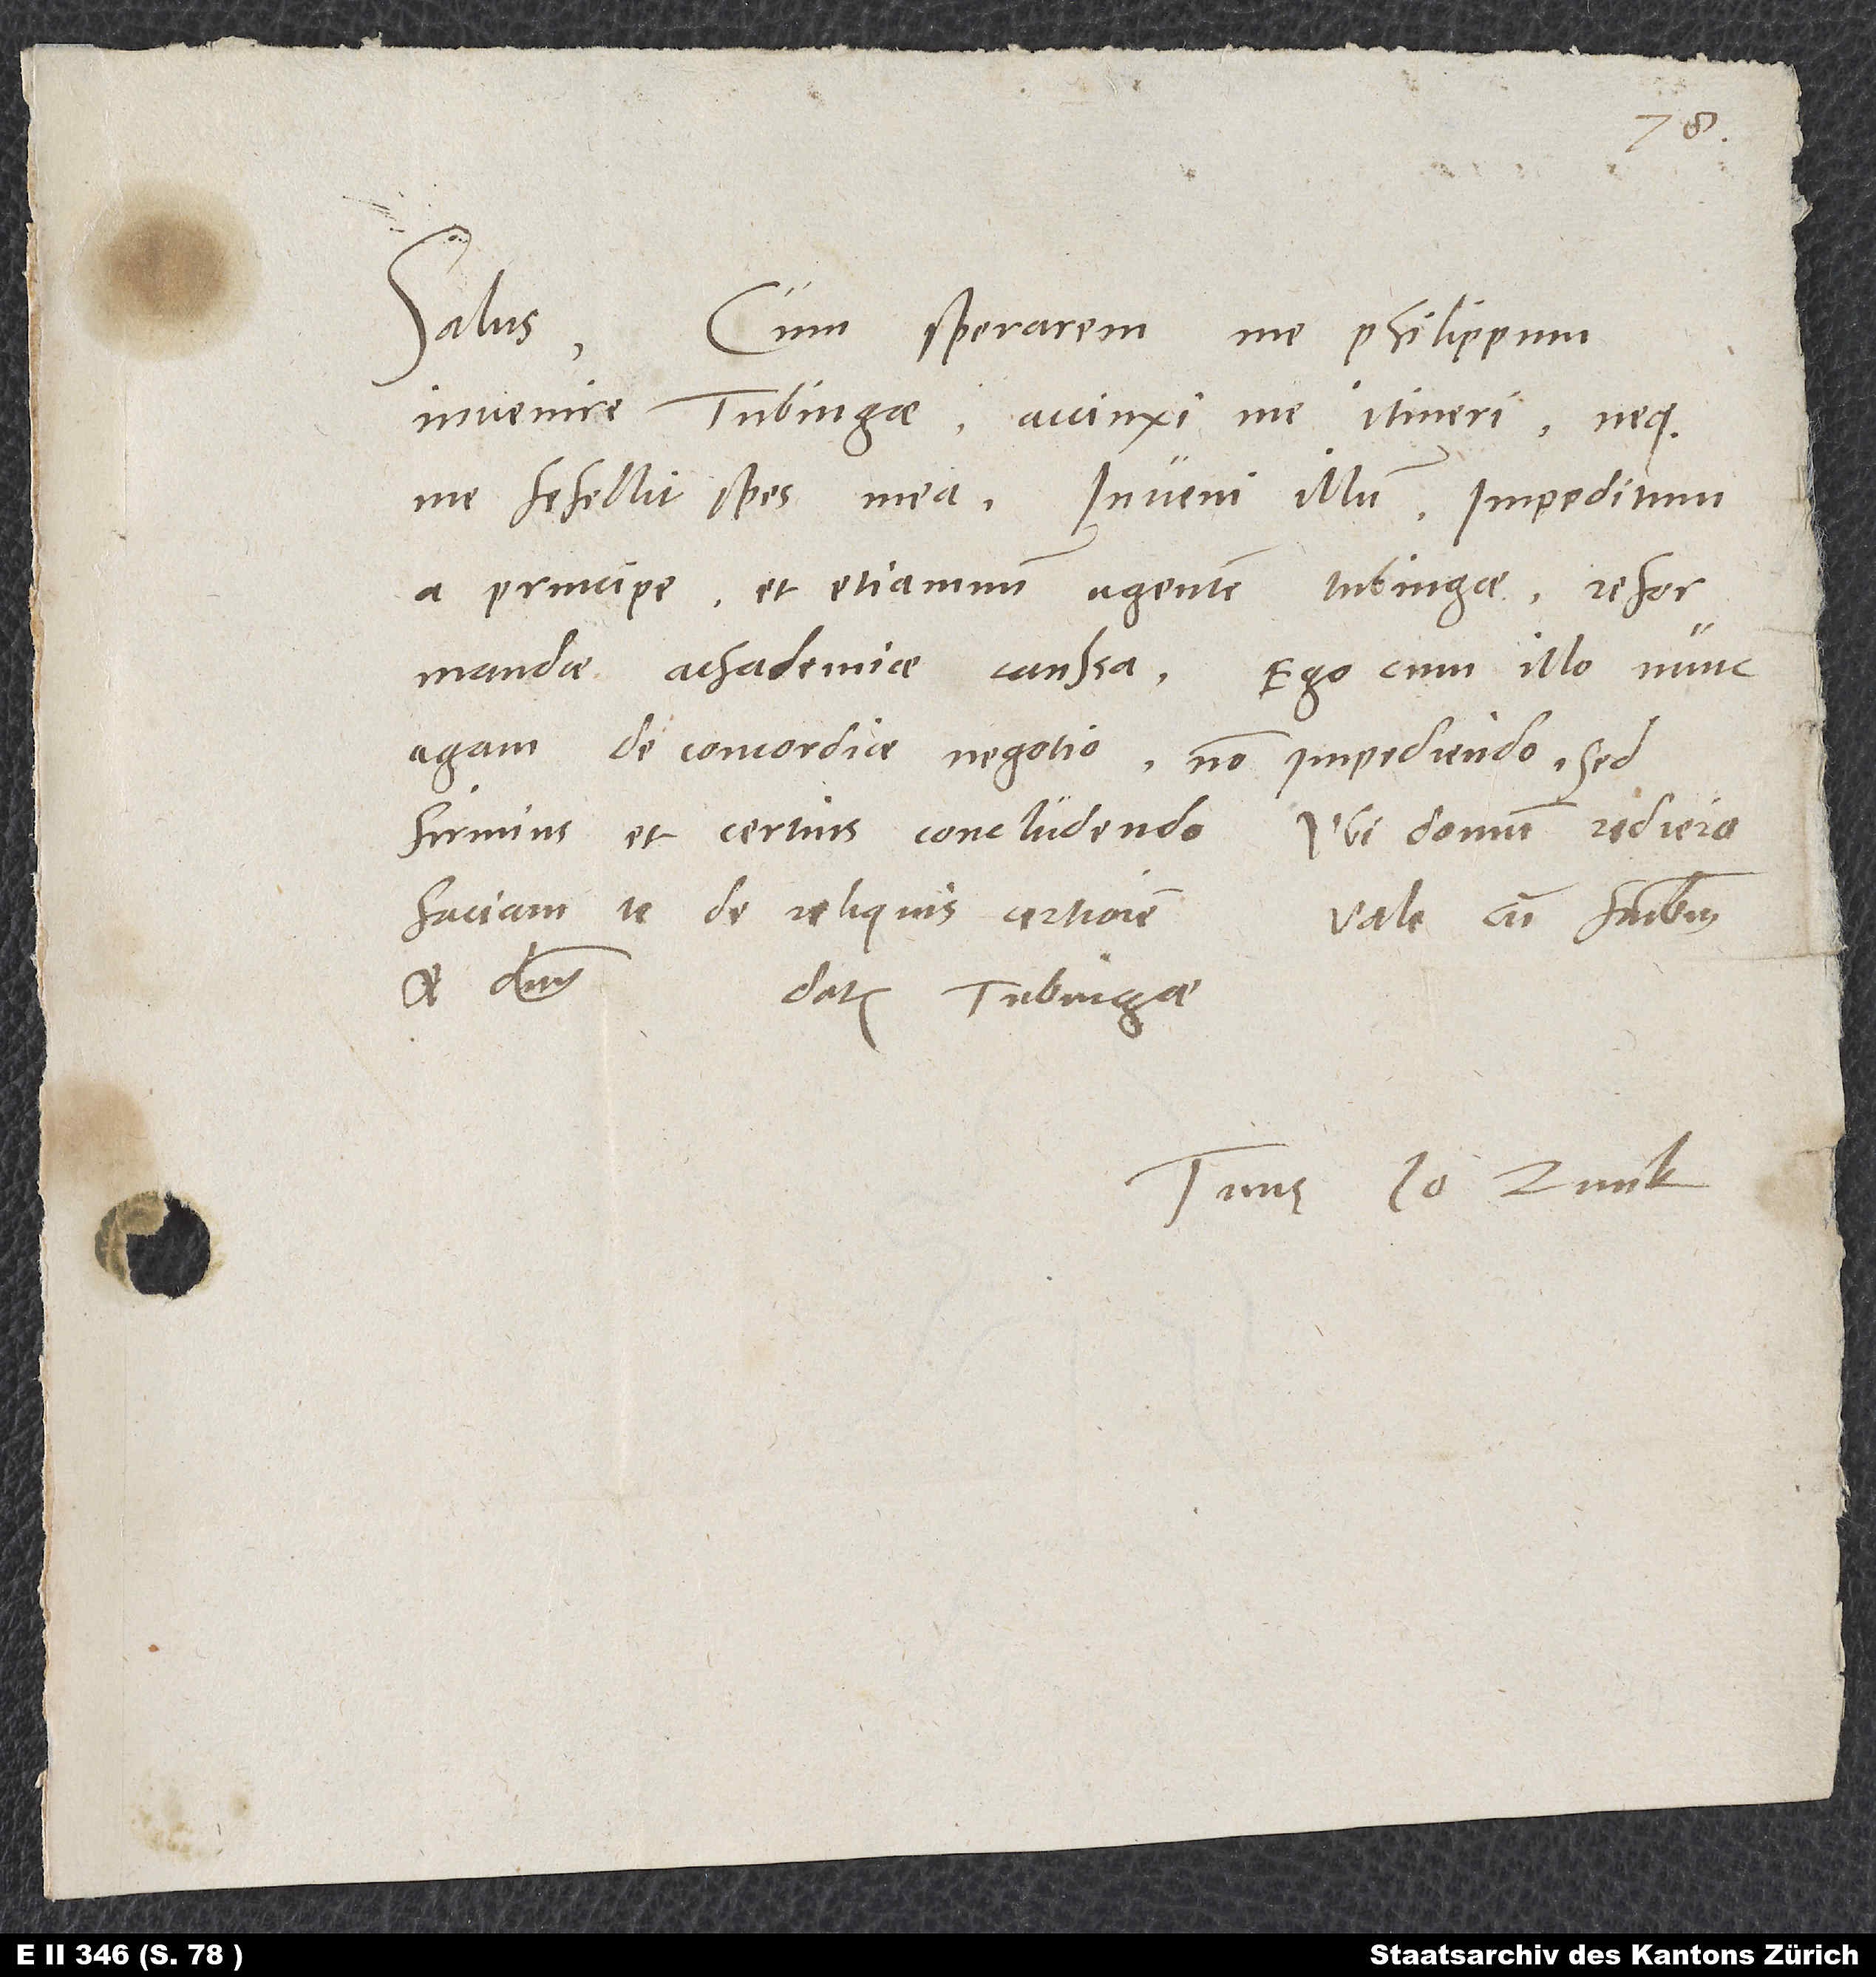
Salus.
Cum sperarem me Philippum
invenire Tubingae, accinxi me itineri, neque
me fefellit spes mea. Inveni illum impeditum
a principe et etiamnum agentem Tubingae reformandae
achademiae caussa. Ego cum illo nunc
agam de concordiae negotio non impediendo, sed
firmius et certius concludendo. Ubi domum rediero,
faciam te de reliquis certiorem.
Vale cum fratribus
et dominis.
Datum Tubingae.
Tuus Io. Zvick.